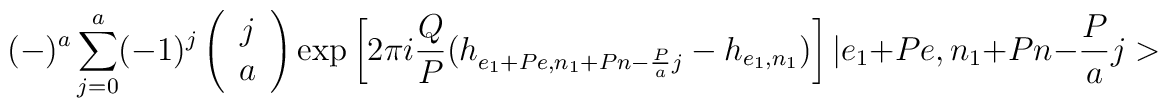
(-)^{a}\sum_{j=0}^{a}(-1)^{j}\left(\begin{array}{c}j\\a\end{array}\right)\mbox{exp}\left[2\pi i\frac{Q}{P}(h_{e_{1}+Pe,n_{1}+Pn-\frac{P}{a}j}-h_{e_{1},n_{1}})\right]|e_{1}+Pe,n_{1}+Pn-\frac{P}{a}j>